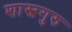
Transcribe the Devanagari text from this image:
शास्त्रगुरु